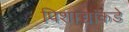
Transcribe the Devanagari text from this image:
पिशाच्चांकडे